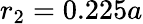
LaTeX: r_{2}=0.225a